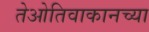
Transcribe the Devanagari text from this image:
तेओतिवाकानच्या